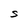
Character: S